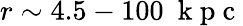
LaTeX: r\sim 4.5-100~\mathrm{~k~p~c~}